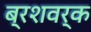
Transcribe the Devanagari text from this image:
ब्रशवर्क